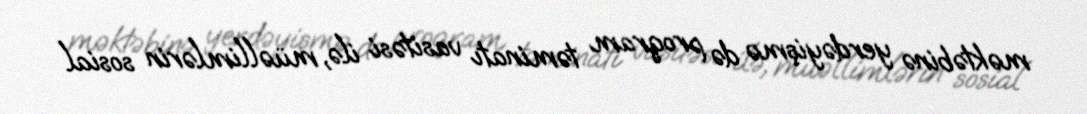
məktəbinə yerdəyişmə də proqram təminatı vasitəsi ilə, müəllimlərin sosial